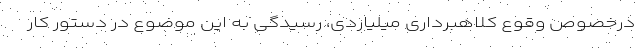
درخصوص وقوع کلاهبرداری میلیاردی، رسیدگی به این موضوع در دستور کار